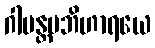
ဂါမန္တမဘိဟာရယေ